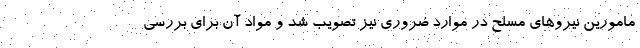
مامورین نیروهای مسلح در موارد ضروری نیز تصویب شد و مواد آن برای بررسی